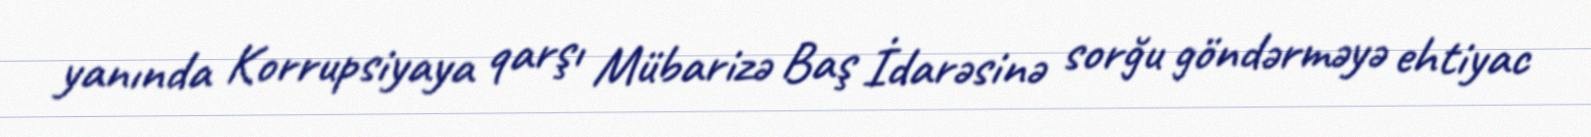
yanında Korrupsiyaya qarşı Mübarizə Baş İdarəsinə sorğu göndərməyə ehtiyac